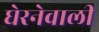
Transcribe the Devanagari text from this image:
घेरनेवाली